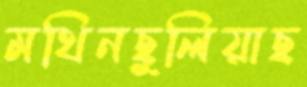
মথিনছুলিয়াছ